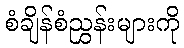
စံချိန်စံညွှန်းများကို